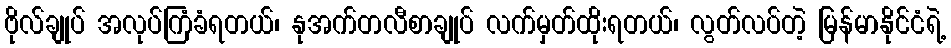
ဗိုလ်ချုပ် အလုပ်ကြံခံရတယ်၊ နုအက်တလီစာချုပ် လက်မှတ်ထိုးရတယ်၊ လွတ်လပ်တဲ့ မြန်မာနိုင်ငံရဲ့